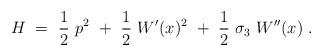
LaTeX: \begin{align*}H ~=~ {1\over 2}~p^2~+~{1\over 2}~W^\prime (x)^2 ~+~{1\over 2}~\sigma_3 ~W^{\prime \prime} (x)~.\end{align*}